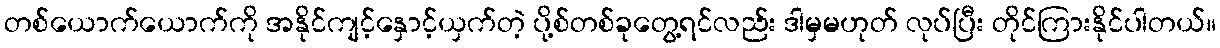
တစ်ယောက်ယောက်ကို အနိုင်ကျင့်နှောင့်ယှက်တဲ့ ပို့စ်တစ်ခုတွေ့ရင်လည်း ဒါမှမဟုတ် လုပ်ပြီး တိုင်ကြားနိုင်ပါတယ်။